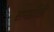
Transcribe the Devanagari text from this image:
समझौती